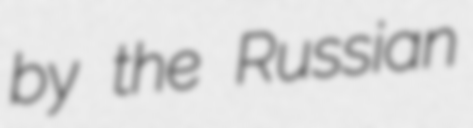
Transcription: by the Russian